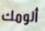
ألومك